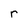
Character: r